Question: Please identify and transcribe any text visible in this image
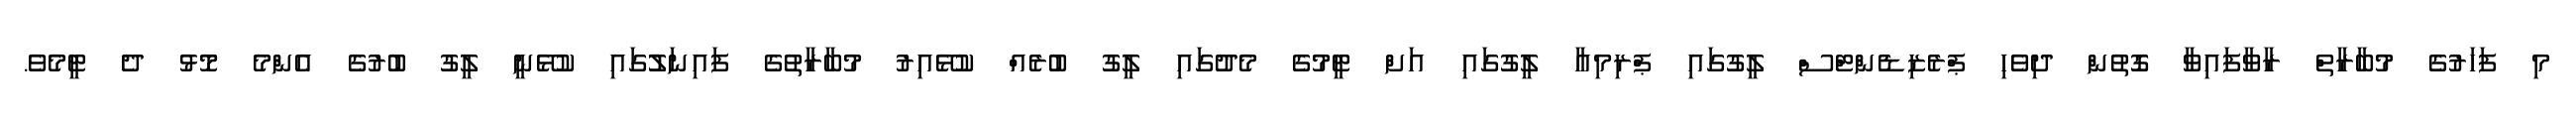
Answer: މި ފަހަރުގެ މުބާރާތް ރާވާފައިވާ ގޮތުން ދިވެހި ޕްރެޒިޑެންޓްސް ލީގުގައި ޕްރިމިއާ ލީގުގައި އަށް ޓީމުގެ މެދުގައި ލީގު ބުރެއް ކުޅޭއިރު މުބާރާތުގެ ފައިނަލުުގައި ކުޅޭނީ ލީގު ބުރުގެ އެންމެ މޮޅު ދެ ޓީމެވެ.